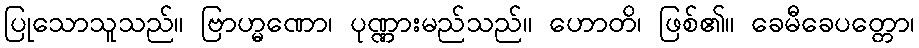
ပြုသောသူသည်။ ဗြာဟ္မဏော၊ ပုဏ္ဏားမည်သည်။ ဟောတိ၊ ဖြစ်၏။ ခေမီခေပတ္တော၊